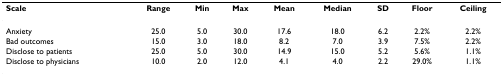
<table><thead><tr><td><b>Scale</b></td><td><b>Range</b></td><td><b>Min</b></td><td><b>Max</b></td><td><b>Mean</b></td><td><b>Median</b></td><td><b>SD</b></td><td><b>Floor</b></td><td><b>Ceiling</b></td></tr></thead><tbody><tr><td>Anxiety</td><td>25.0</td><td>5.0</td><td>30.0</td><td>17.6</td><td>18.0</td><td>6.2</td><td>2.2%</td><td>2.2%</td></tr><tr><td>Bad outcomes</td><td>15.0</td><td>3.0</td><td>18.0</td><td>8.2</td><td>7.0</td><td>3.9</td><td>7.5%</td><td>2.2%</td></tr><tr><td>Disclose to patients</td><td>25.0</td><td>5.0</td><td>30.0</td><td>14.9</td><td>15.0</td><td>5.2</td><td>5.6%</td><td>1.1%</td></tr><tr><td>Disclose to physicians</td><td>10.0</td><td>2.0</td><td>12.0</td><td>4.1</td><td>4.0</td><td>2.2</td><td>29.0%</td><td>1.1%</td></tr></tbody></table>